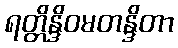
ရတ္တိန္ဒိဝမတန္ဒိတာ